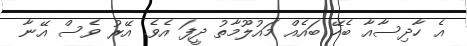
އެ ހާދިސާއާ ބެހޭ ބައެއް މައުލޫމާތު ދީފަ އެވެ. އޭރު ވެސް އޭނާ